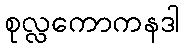
စုလ္လကောကနဒါ